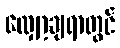
လျှော့ချရာတွင်